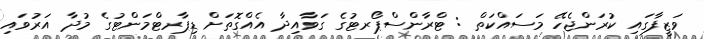
ވަޒީފާގައި ކުރަންޖެހޭ މަސައްކަތް : ޓްރާންސްޕޯރޓުގެ ގަވާއިދާ އެއްގޮތަށް ޑިޕާރޓްމަންޓުގެ މުދާ އަރުވައި